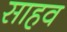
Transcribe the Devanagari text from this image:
साहव